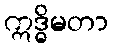
ဣဒ္ဓိမတာ